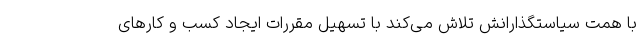
با همت سیاستگذارانش تلاش می‌کند با تسهیل مقررات ایجاد کسب و کارهای